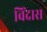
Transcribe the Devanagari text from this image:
विंदास